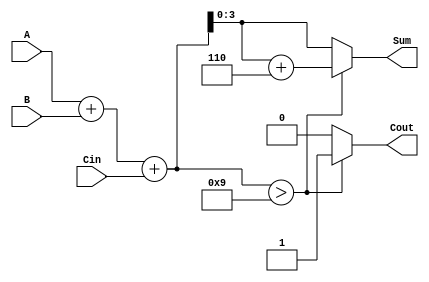
module BCD_Asynchronous_Adder (
    input  [3:0] A,      // First BCD digit
    input  [3:0] B,      // Second BCD digit
    input        Cin,     // Carry input
    output reg [3:0] Sum, // BCD sum output
    output reg Cout       // Carry output
);

    wire [4:0] binary_sum; // 5-bit wire to hold the binary sum
    wire correction_needed; // Signal to indicate if correction is needed

    // Step 1: Perform binary addition
    assign binary_sum = A + B + Cin;

    // Step 2: Determine if correction is needed
    assign correction_needed = (binary_sum > 5'd9); // Check if sum exceeds 9

    // Step 3: BCD correction and output assignment
    always @(*) begin
        if (correction_needed) begin
            Sum = binary_sum + 5'd6; // Add 6 for BCD correction
            Cout = 1'b1;              // Set carry out
        end else begin
            Sum = binary_sum[3:0];    // Assign lower 4 bits as sum
            Cout = 1'b0;              // No carry out
        end
    end

endmodule